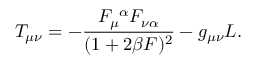
T _ { \mu \nu } = - \frac { F _ { \mu } ^ { ~ \alpha } F _ { \nu \alpha } } { ( 1 + 2 \beta { \cal F } ) ^ { 2 } } - g _ { \mu \nu } { \cal L } .